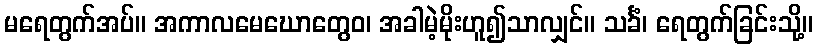
မရေတွက်အပ်။ အကာလမေဃောတွေဝ၊ အခါမဲ့မိုးဟူ၍သာလျှင်။ သင်္ခံ၊ ရေတွက်ခြင်းသို့။